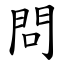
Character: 問